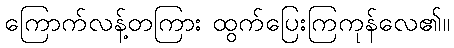
ကြောက်လန့်တကြား ထွက်ပြေးကြကုန်လေ၏။